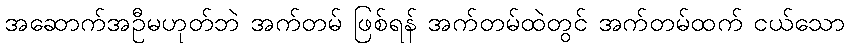
အဆောက်အဦမဟုတ်ဘဲ အက်တမ် ဖြစ်ရန် အက်တမ်ထဲတွင် အက်တမ်ထက် ငယ်သော